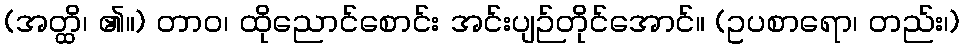
(အတ္ထိ၊ ၏။) တာဝ၊ ထိုညောင်စောင်း အင်းပျဉ်တိုင်အောင်။ (ဥပစာရော၊ တည်း၊)